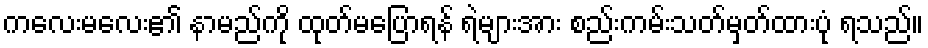
ကလေးမလေး၏ နာမည်ကို ထုတ်မပြောရန် ရဲများအား စည်းကမ်းသတ်မှတ်ထားပုံ ရသည်။